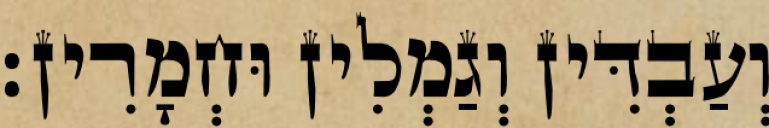
וְעַבְדִּין וְגַמְלִין וּחְמָרִין׃